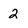
Character: 2